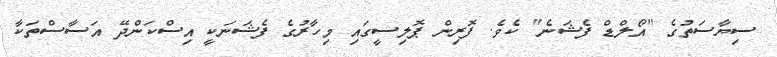
ސިޔާސަތުގެ "އޯލްޑް ފެޝަނެ" ކެވެ. ފޮރިން ޕޮލިސީގައި މިހާރުގެ ފެޝަނަކީ އިސްކަންދޭ އަސާސްތަކާ